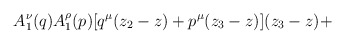
\begin{align*}A_1^\nu (q)A_1^\rho (p)[q^\mu(z_2-z)+p^\mu (z_3-z)](z_3-z)+\end{align*}